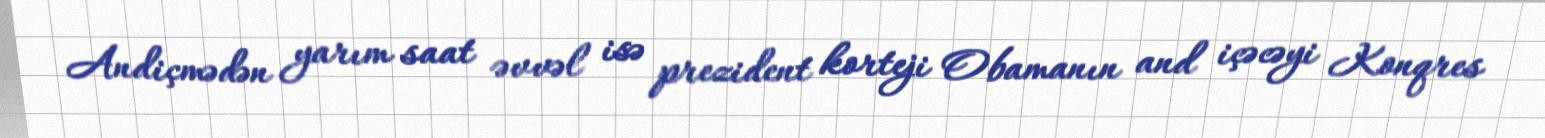
Andiçmədən yarım saat əvvəl isə prezident korteji Obamanın and içəcəyi Konqres